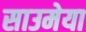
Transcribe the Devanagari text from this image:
साउमेया